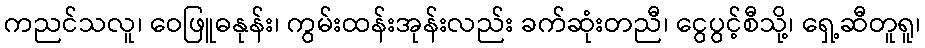
ကညင်သလူ၊ ဝေဖြူဓနုန်း၊ ကွမ်းထန်းအုန်းလည်း ခက်ဆုံးတညီ၊ ငွေပွင့်စီသို့၊ ရှေ့ဆီတူရူ၊